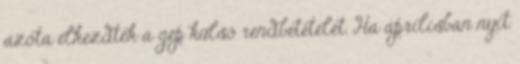
azóta elkezdték a gép külső rendbetételét. Ha áprilisban nyit